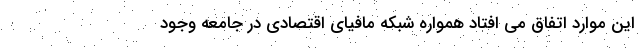
این موارد اتفاق می افتاد همواره شبکه مافیای اقتصادی در جامعه وجود